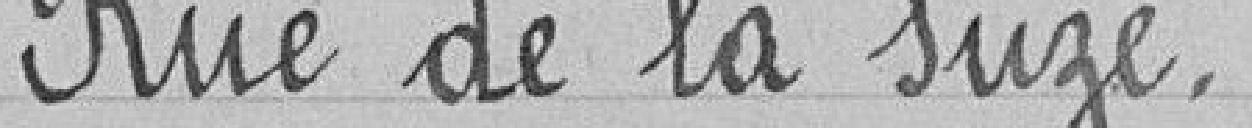
Rue de la Suze